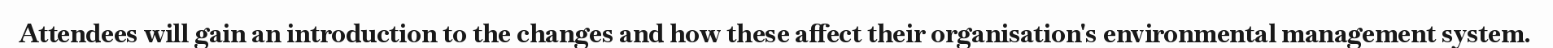
Attendees will gain an introduction to the changes and how these affect their organisation's environmental management system.